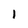
Character: I